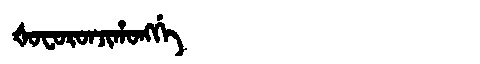
Manchu: ᡧᠣᠸᠣᡵᠣᠨᠵᡳᡥᠣᠩᡤᡝ
Romanization: ŠOFORONJIHONGGE